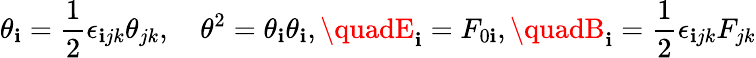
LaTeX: \theta_{\mathbf{i}}=\frac{{1}}{{2}}\epsilon_{\mathbf{i}jk}\theta_{jk},\quad\theta^{2}=\theta_{\mathbf{i}}\theta_{\mathbf{i}},\quadE_{\mathbf{i}}=F_{0\mathbf{i}},\quadB_{\mathbf{i}}=\frac{{1}}{{2}}\epsilon_{\mathbf{i}jk}F_{jk}